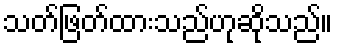
သတ်ဖြတ်ထားသည်ဟုဆိုသည်။